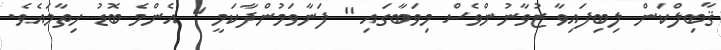
ޤާބިލްކަން ލިބިފައިވާ ޒުވާނުންވެސް މިވަބާގައި '' ފަނާވަމުންދާކަމީ '' އެންމެ ބޮޑު ހިތާމައެވެ.